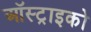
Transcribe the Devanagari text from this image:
ऑस्ट्राइको